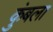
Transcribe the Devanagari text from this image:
कुंबला